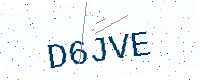
Text: D6JVE